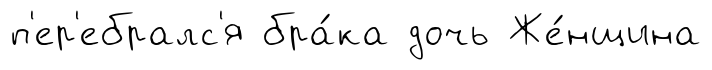
п'ер'ебралс'я бра́ка дочь Же́нщина